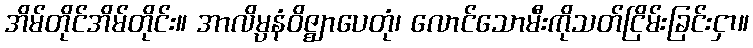
အိမ်တိုင်အိမ်တိုင်း။ အာလိမ္ပနံဝိဇ္ဈာပေတုံ၊ လောင်သောမီးကိုသတ်ငြိမ်းခြင်းငှာ။